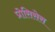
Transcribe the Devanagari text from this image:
प्रोसिसेस